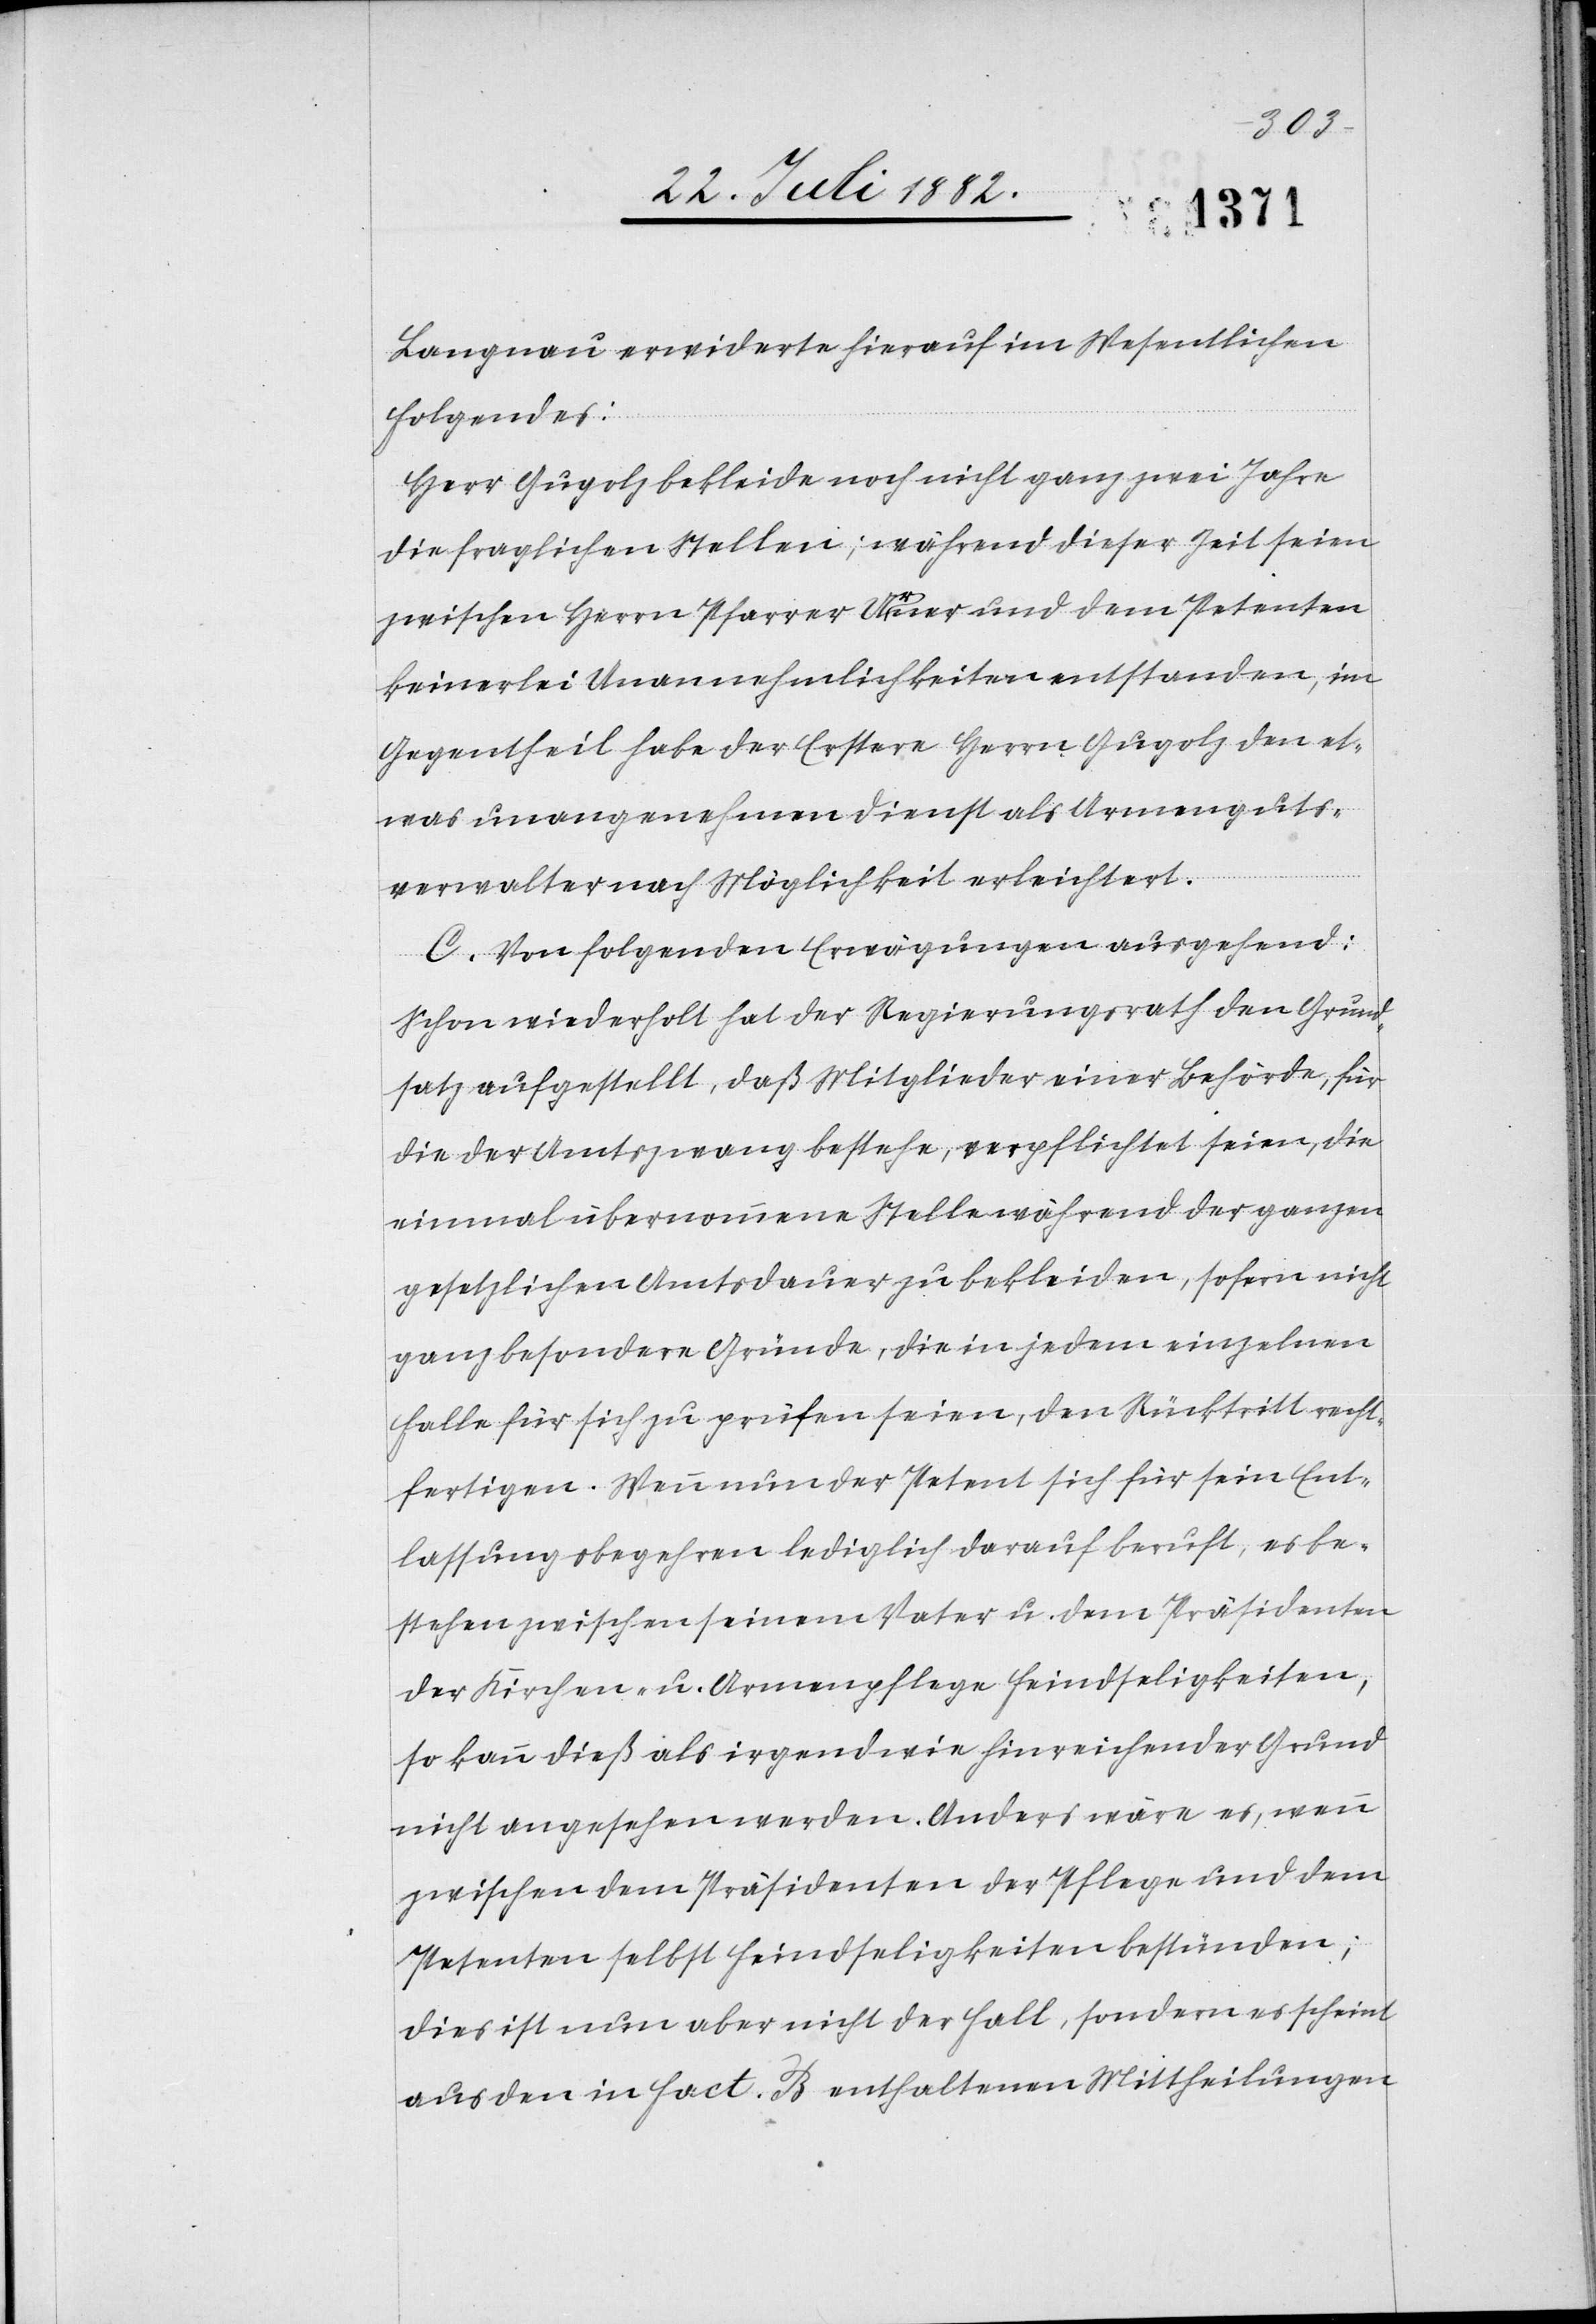
Langnau erwiderte hierauf im Wesentlichen
Folgendes:
Herr Gugolz bekleide noch nicht ganz zwei Jahre
die fraglichen Stellen; während dieser Zeit seien
zwischen Herrn Pfarrer Urner und dem Petenten
keinerlei Unannehmlichkeiten entstanden, im
Gegentheil habe der Erstere Herrn Gugolz den et¬
was unangenehmen Dienst als Armenguts¬
verwalter nach Möglichkeit erleichtert.
C. Von folgenden Erwägungen ausgehend:
Schon wiederholt hat der Regierungsrath den Grund¬
satz aufgestellt, daß Mitglieder einer Behörde, für
die der Amtszwang bestehe, verpflichtet seien, die
einmal übernommene Stelle während der ganzen
gesetzlichen Amtsdauer zu bekleiden, sofern nicht
ganz besondere Gründe, die in jedem einzelnen
Falle für sich zu prüfen seien, den Rücktritt recht¬
fertigen. Wenn nun der Petent sich für sein Ent¬
lassungsbegehren lediglich darauf beruft, es be¬
stehen zwischen seinem Vater u. dem Präsidenten
der Kirchen- u. Armenpflege Feindseligkeiten,
so kann dieß als irgendwie hinreichender Grund
nicht angesehen werden. Anders wäre es, wenn
zwischen dem Präsidenten der Pflege und dem
Petenten selbst Feindseligkeiten bestünden;
dies ist nun aber nicht der Fall, sondern es scheint
aus den in Fact. B enthaltenen Mittheilungen